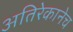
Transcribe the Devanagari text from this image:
अतिरेकानेच